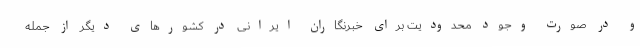
و در صورت وجود محدودیت برای خبرنگاران ایرانی در کشورهای دیگر از جمله